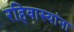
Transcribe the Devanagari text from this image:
रहिवास्यांना